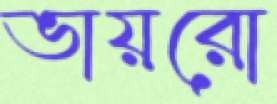
ভায়রো